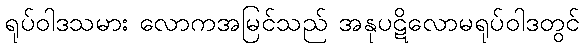
ရုပ်ဝါဒသမား လောကအမြင်သည် အနုပဋိလောမရုပ်ဝါဒတွင်